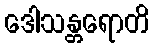
ဒေါသန္တရောတိ